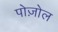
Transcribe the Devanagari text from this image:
पोज़ोल